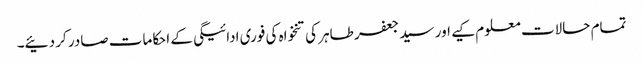
تمام حالات معلوم کیے اور سید جعفر طاہر کی تنخواہ کی فوری ادائیگی کے احکامات صادر کر دئیے۔